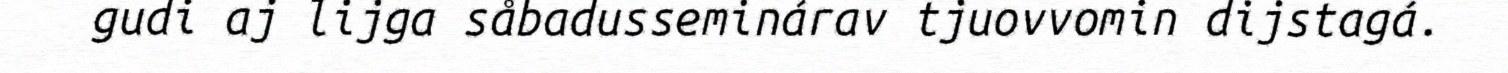
gudi aj lijga såbadusseminárav tjuovvomin dijstagá.